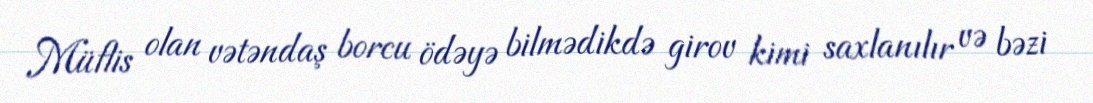
Müflis olan vətəndaş borcu ödəyə bilmədikdə girov kimi saxlanılır və bəzi